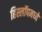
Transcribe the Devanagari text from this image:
हिस्लॉपमध्ये